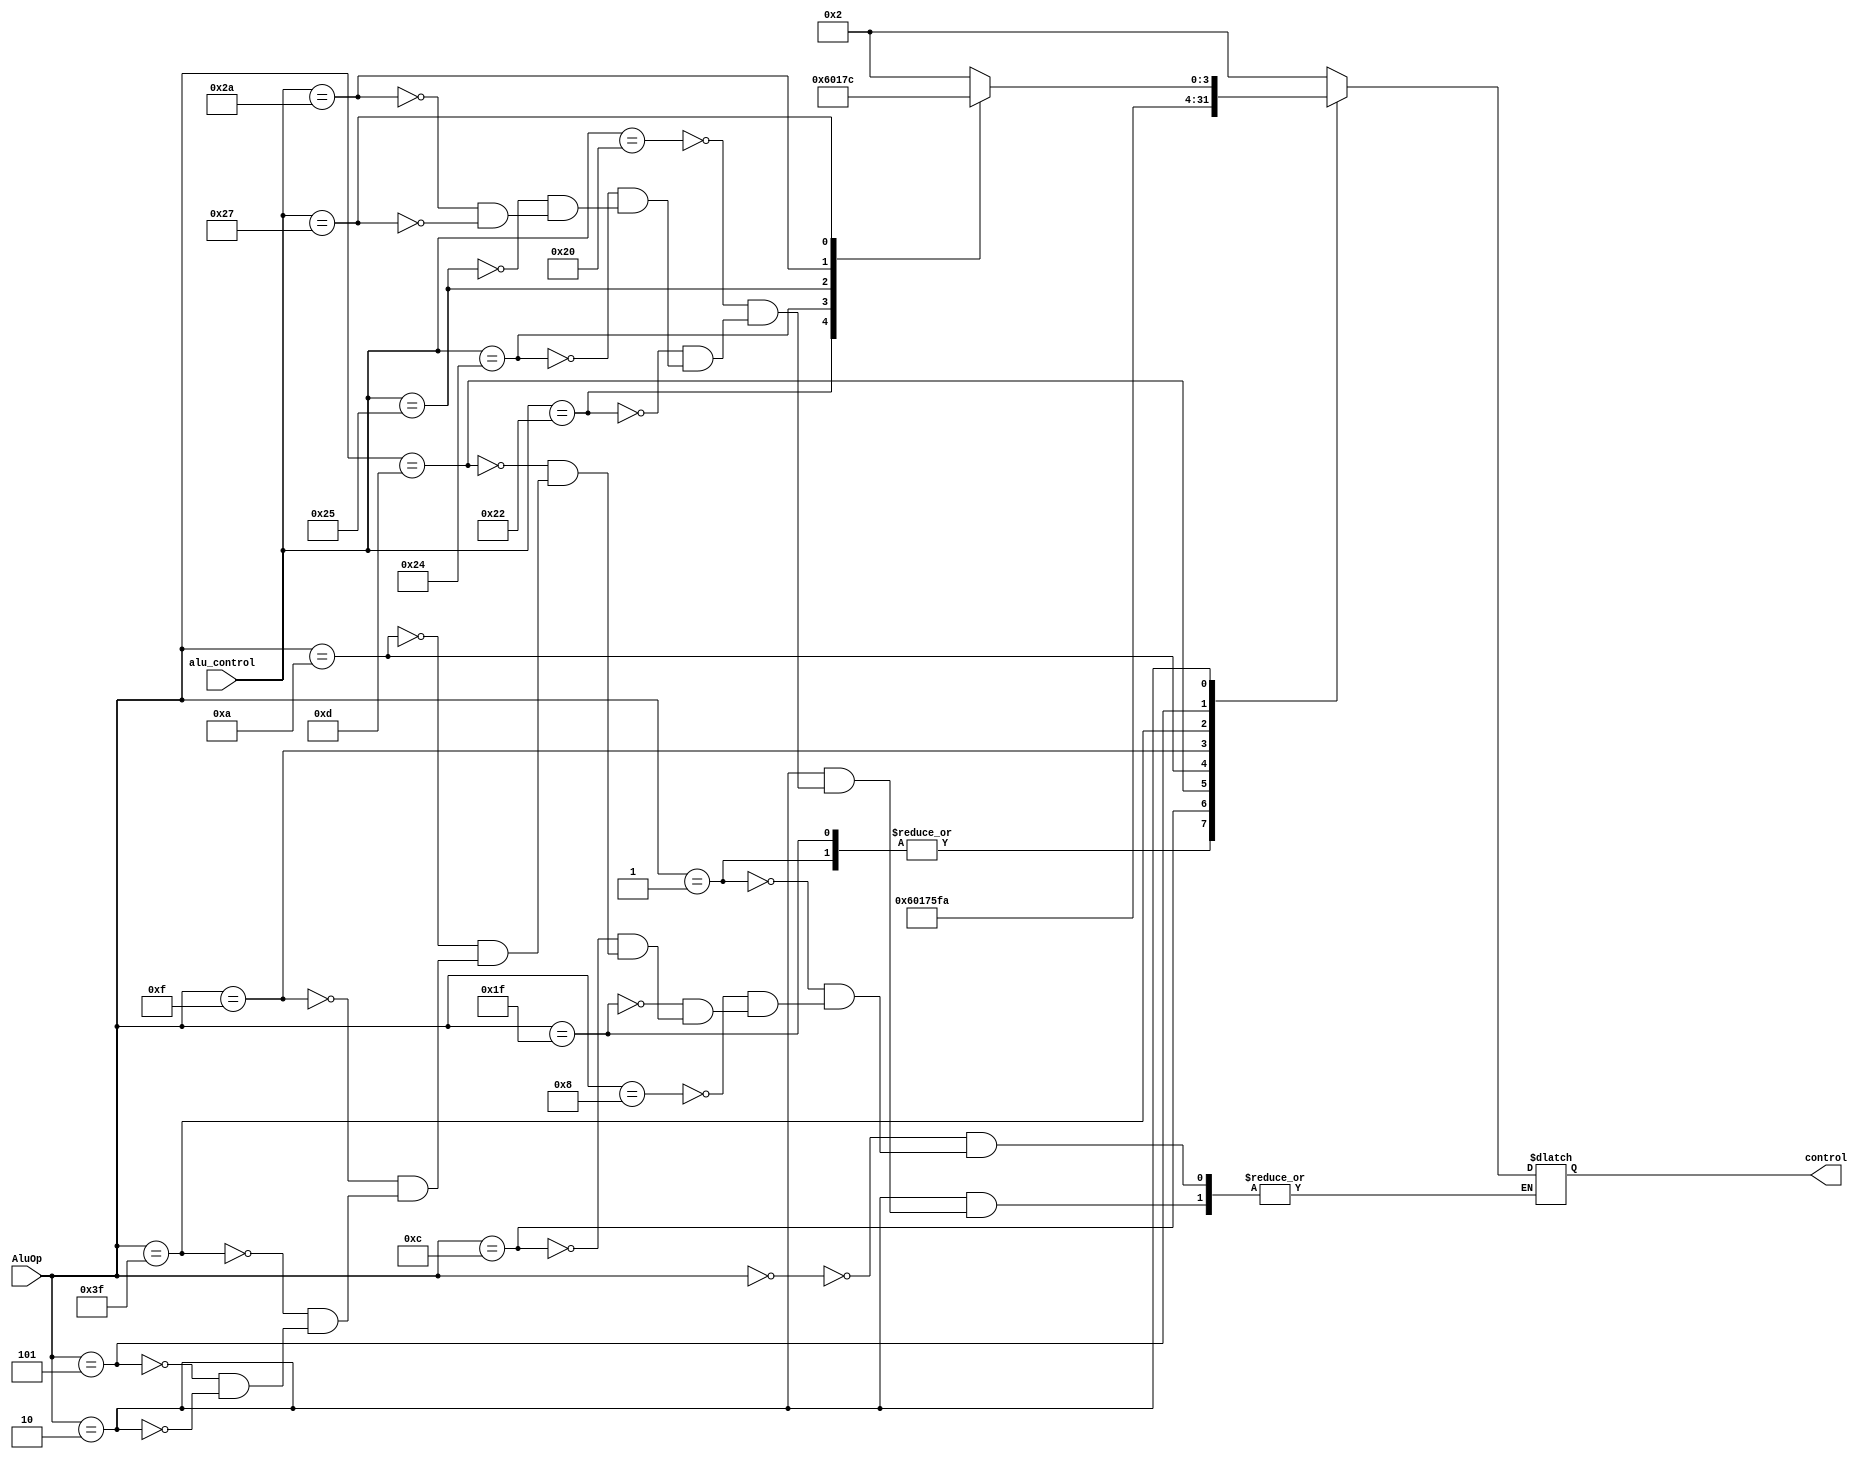
module Alu_control(alu_control, AluOp, control);
input [5:0] alu_control;
input [5:0] AluOp;
output reg [3:0] control;
always @(*)
begin
      case(AluOp)
	6'b000000 : control = 4'b0010; // load word & store word
	6'b000001 : control = 4'b0110; // Branch equal
	6'b001000 : control = 4'b0010; // ADDI
	6'b011111 : control = 4'b0110; // SUBI
	6'b001100 : control = 4'b0000; // ANDI
	6'b001101 : control = 4'b0001; // ORI
	6'b001010 : control = 4'b0111; // SLTI
	6'b001111 : control = 4'b0101; // LUI
	6'b111111 : control = 4'b1111; // BGEZ
	6'b000101 : control = 4'b1010; // BNE
	6'b10 : 
		begin
			case(alu_control)  // alu_control = instrucion[5:0] 
			6'b100000 : control = 4'b0010; //ADD 
			6'b100010 : control = 4'b0110; //SUB
			6'b100100 : control = 4'b0000; //AND
			6'b100101 : control = 4'b0001; //OR 
			6'b101010 : control = 4'b0111; //SLT
			6'b100111 : control = 4'b1100; //NOR
			
			endcase
		end
	endcase
end 
endmodule